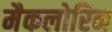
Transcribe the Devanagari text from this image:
मैकलोरिन